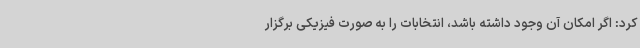
کرد: اگر امکان آن وجود داشته باشد، انتخابات را به صورت فیزیکی برگزار